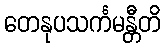
တေနုပသင်္ကမန္တီတိ